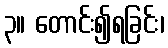
၃။ တောင်း၍ရခြင်း၊